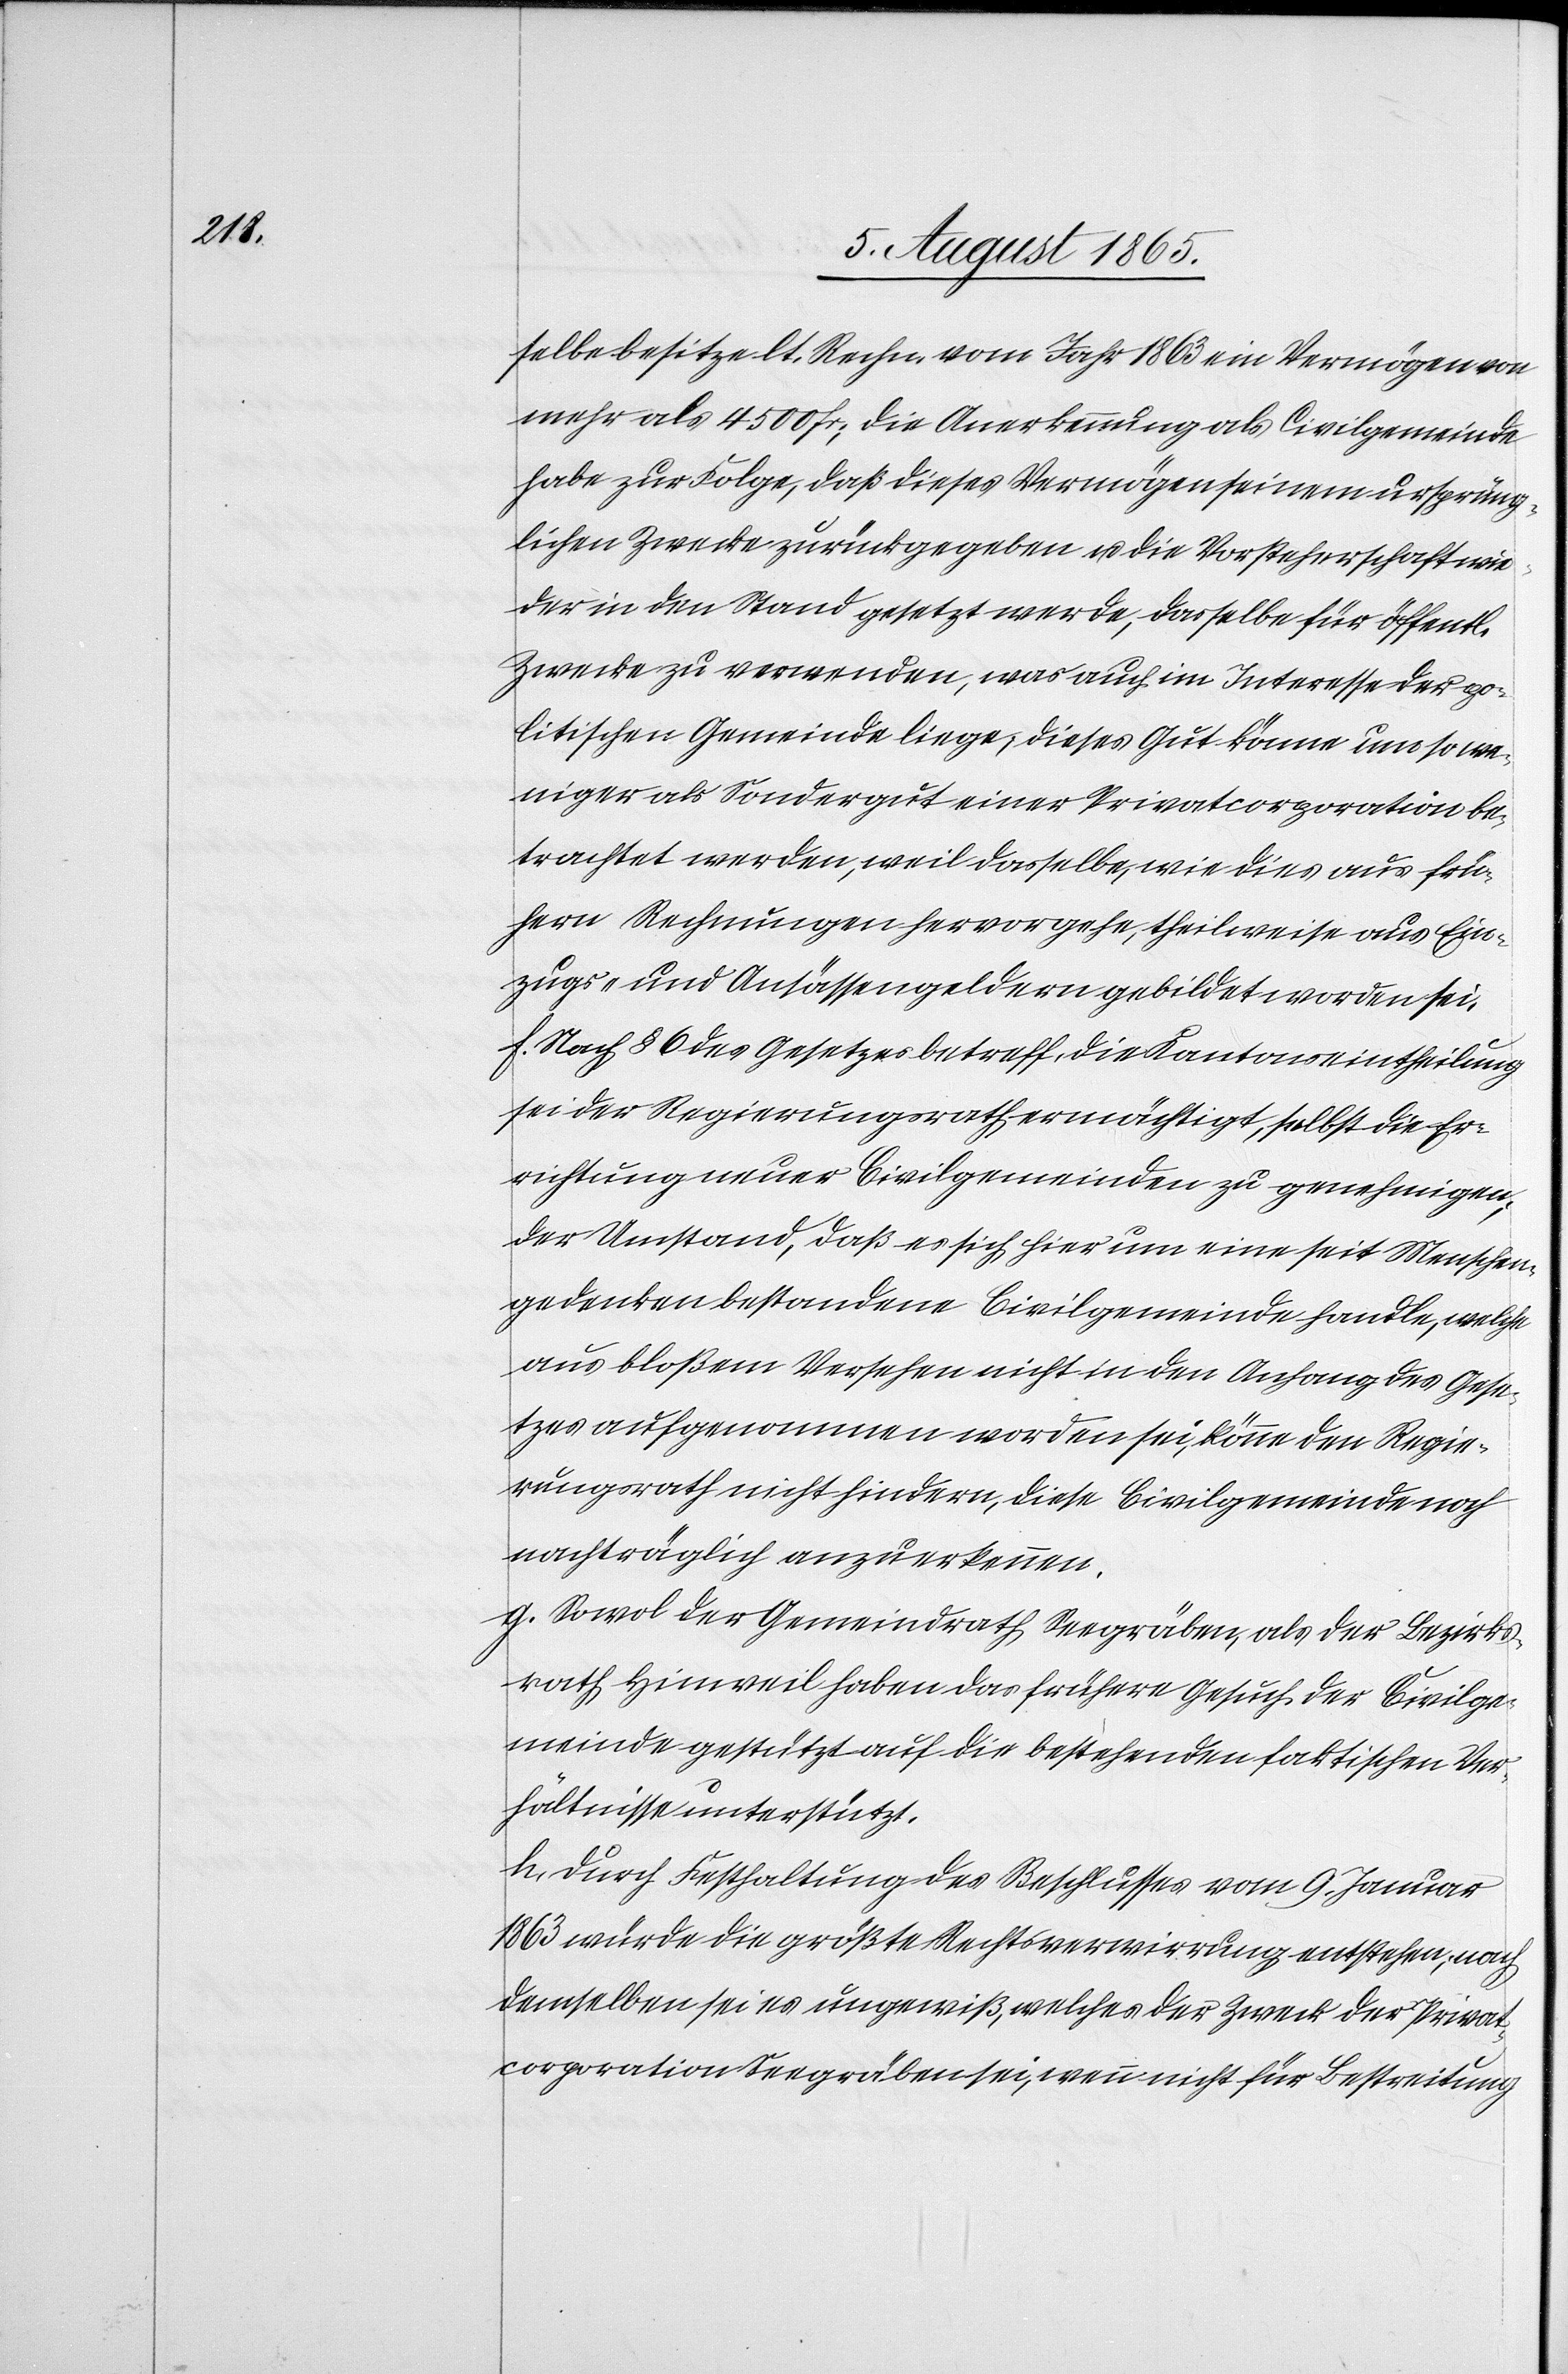
selbe besitze lt. Rechn. vom Jahr 1863 ein Vermögen von
mehr als 4500 fr; die Anerkennung als Civilgemeinde
habe zur Folge, daß dieses Vermögen seinen ursprüng¬
lichen Zwecke zurückgegeben u. die Vorsteherschaft wie¬
der in den Stand gesetzt werde, dasselbe für öffentl.
Zwecke zu verwenden, was auch im Interesse der po¬
litischen Gemeinde liege; dieses Gut könne um so we¬
niger als Sondergut einer Privatcorporation be¬
trachtet werden, weil dasselbe, wie dies aus frü¬
hern Rechnungen hervorgehe, theilweise aus Ein¬
zugs- und Ansässengeldern gebildet worden sei.
f. Nach § 6 des Gesetzes betreff. die Kantonseintheilung
sei der Regierungsrath ermächtigt, selbst die Er¬
richtung neuer Civilgemeinden zu genehmigen;
der Umstand, daß es sich hier um eine seit Menschen¬
gedenken bestandene Civilgemeinde handle, welche
aus bloßem Versehen nicht in den Anhang des Gese¬
tzes aufgenommen worden sei, könne den Regie¬
rungsrath nicht hindern, diese Civilgemeinde noch
nachträglich anzuerkennen.
g. Sowol der Gemeindrath Seegräben, als der Bezirks¬
rath Hinweil haben das frühere Gesuch der Civilge¬
meinde gestützt auf die bestehenden faktischen Ver¬
hältnisse unterstützt.
h. Durch Festhaltung des Beschlusses vom 9. Januar
1863 würde die größte Rechtsverwirrung entstehen, nach
demselben sei es ungewiß, welches der Zweck der Privat¬
corporation Seegräben sei, wenn nicht für Bestreitung